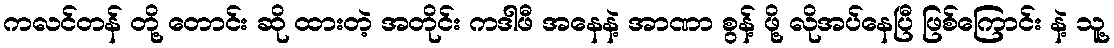
ကလင်တန် တို့ တောင်း ဆို ထားတဲ့ အတိုင်း ကဒါဖီ အနေနဲ့ အာဏာ စွန့် ဖို့ လိုအပ်နေပြီ ဖြစ်ကြောင်း နဲ့ သူ့